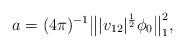
LaTeX: \begin{align*} a = (4\pi )^{-1} \bigl\| |v_{12}|^{\frac 12} \phi_0\bigr\|_1^2 , \end{align*}